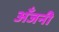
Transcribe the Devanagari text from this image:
अँजनी